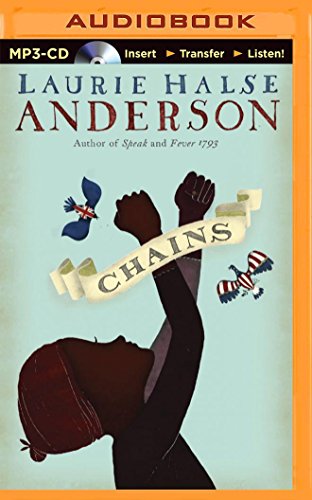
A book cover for Chains (Chains Series); Laurie Halse Anderson; Teen & Young Adult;